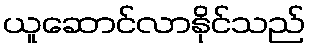
ယူဆောင်လာနိုင်သည်